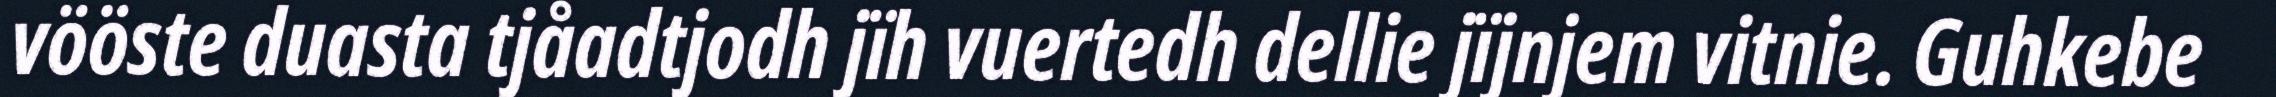
vööste duasta tjåadtjodh jïh vuertedh dellie jïjnjem vitnie. Guhkebe